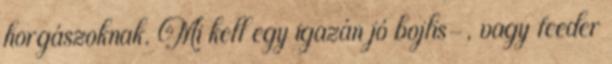
horgászoknak. Mi kell egy igazán jó bojlis-, vagy feeder